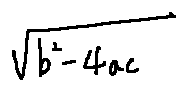
\sqrt { b ^ { 2 } - 4 a c }